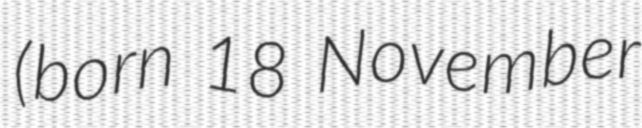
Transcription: (born 18 November